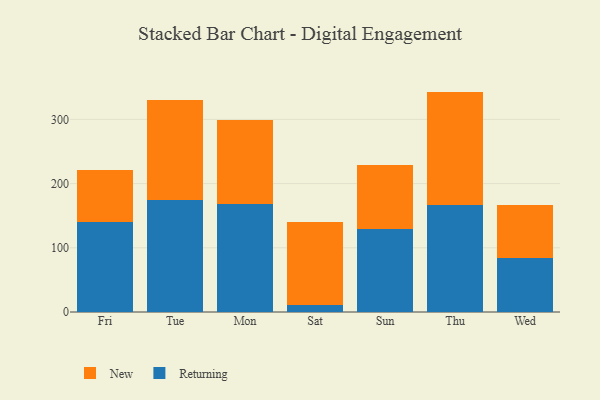
{"axis": {"x": "Day", "y": "Page Views"}, "legend": ["New", "Returning"], "data": [{"x": "Fri", "y": 139.7, "type": "Returning"}, {"x": "Fri", "y": 81.5, "type": "New"}, {"x": "Tue", "y": 173.8, "type": "Returning"}, {"x": "Tue", "y": 156.1, "type": "New"}, {"x": "Mon", "y": 167.9, "type": "Returning"}, {"x": "Mon", "y": 131.5, "type": "New"}, {"x": "Sat", "y": 11.2, "type": "Returning"}, {"x": "Sat", "y": 128.7, "type": "New"}, {"x": "Sun", "y": 128.9, "type": "Returning"}, {"x": "Sun", "y": 99.6, "type": "New"}, {"x": "Thu", "y": 166.4, "type": "Returning"}, {"x": "Thu", "y": 176.9, "type": "New"}, {"x": "Wed", "y": 84.1, "type": "Returning"}, {"x": "Wed", "y": 82.1, "type": "New"}]}